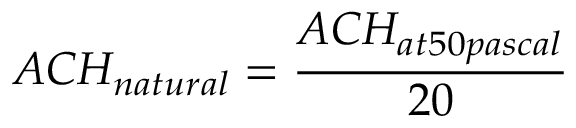
A C H _ { n a t u r a l } = { \frac { A C H _ { a t 5 0 p a s c a l } } { 2 0 } } \,